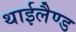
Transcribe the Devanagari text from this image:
थाईलैण्‍ड